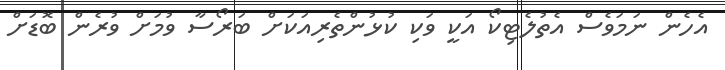
އެހެން ނަމަވެސް އެތުލެޓިކޯ އަކީ ވަކި ކުޅުންތެރިއަކަށް ބަރޯސާ ވުމަށް ވުރެން ބޮޑަށް